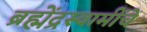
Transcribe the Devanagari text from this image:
ब्रह्मेंद्रस्वामींचें